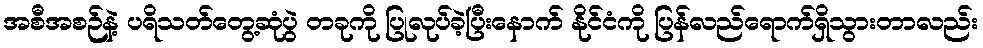
အစီအစဉ်နဲ့ ပရိသတ်တွေ့ဆုံပွဲ တခုကို ပြုလုပ်ခဲ့ပြီးနောက် နိုင်ငံကို ပြန်လည်ရောက်ရှိသွားတာလည်း